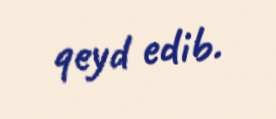
qeyd edib.